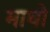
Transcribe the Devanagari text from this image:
माघो